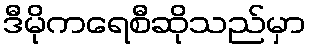
ဒီမိုကရေစီဆိုသည်မှာ